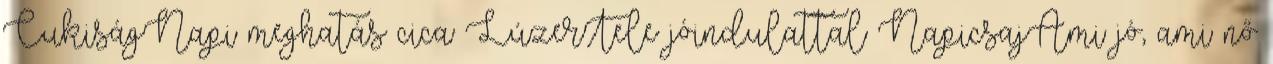
CukiságNapi meghatás cica LúzerTele jóindulattal NapicsajAmi jó, ami nő